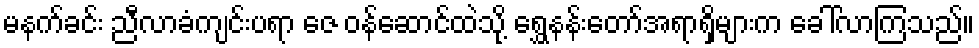
မနက်ခင်း ညီလာခံကျင်းပရာ ဇေ ဝန်ဆောင်ထဲသို့ ရွှေနန်းတော်အရာရှိများက ခေါ်လာကြသည်။